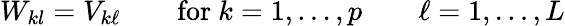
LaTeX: W_{kl}=V_{k\ell}\qquad{\mathrm{for~}}k=1,\dots,p\qquad\ell=1,\dots,L